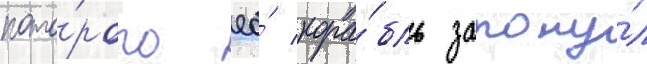
кото́рого ео́ кора́бль затону́л